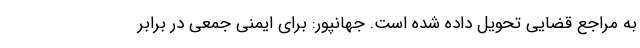
به مراجع قضایی تحویل داده شده است. جهانپور: برای ایمنی جمعی در برابر